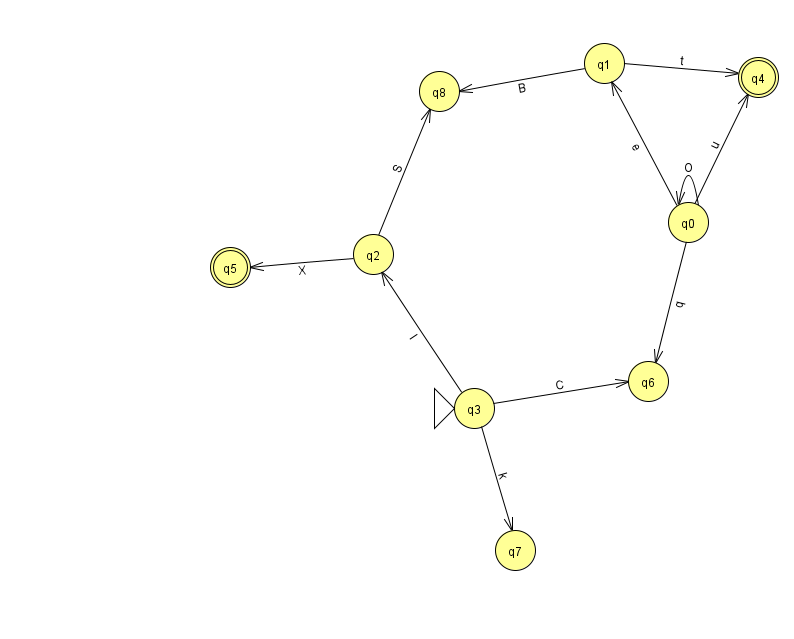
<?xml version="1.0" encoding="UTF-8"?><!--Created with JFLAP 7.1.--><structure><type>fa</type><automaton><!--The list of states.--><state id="0" name="q0"><x>688.0</x><y>209.0</y></state><state id="1" name="q1"><x>604.0</x><y>50.0</y></state><state id="2" name="q2"><x>373.0</x><y>241.0</y></state><state id="3" name="q3"><x>474.0</x><y>395.0</y><initial/></state><state id="4" name="q4"><x>758.0</x><y>64.0</y><final/></state><state id="5" name="q5"><x>230.0</x><y>254.0</y><final/></state><state id="6" name="q6"><x>648.0</x><y>368.0</y></state><state id="7" name="q7"><x>515.0</x><y>537.0</y></state><state id="8" name="q8"><x>439.0</x><y>78.0</y></state><!--The list of transitions.--><transition><from>0</from><to>6</to><read>q</read></transition><transition><from>2</from><to>8</to><read>S</read></transition><transition><from>0</from><to>1</to><read>e</read></transition><transition><from>0</from><to>4</to><read>u</read></transition><transition><from>3</from><to>6</to><read>C</read></transition><transition><from>1</from><to>4</to><read>t</read></transition><transition><from>3</from><to>2</to><read>I</read></transition><transition><from>1</from><to>8</to><read>B</read></transition><transition><from>3</from><to>7</to><read>k</read></transition><transition><from>0</from><to>0</to><read>O</read></transition><transition><from>2</from><to>5</to><read>X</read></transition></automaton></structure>